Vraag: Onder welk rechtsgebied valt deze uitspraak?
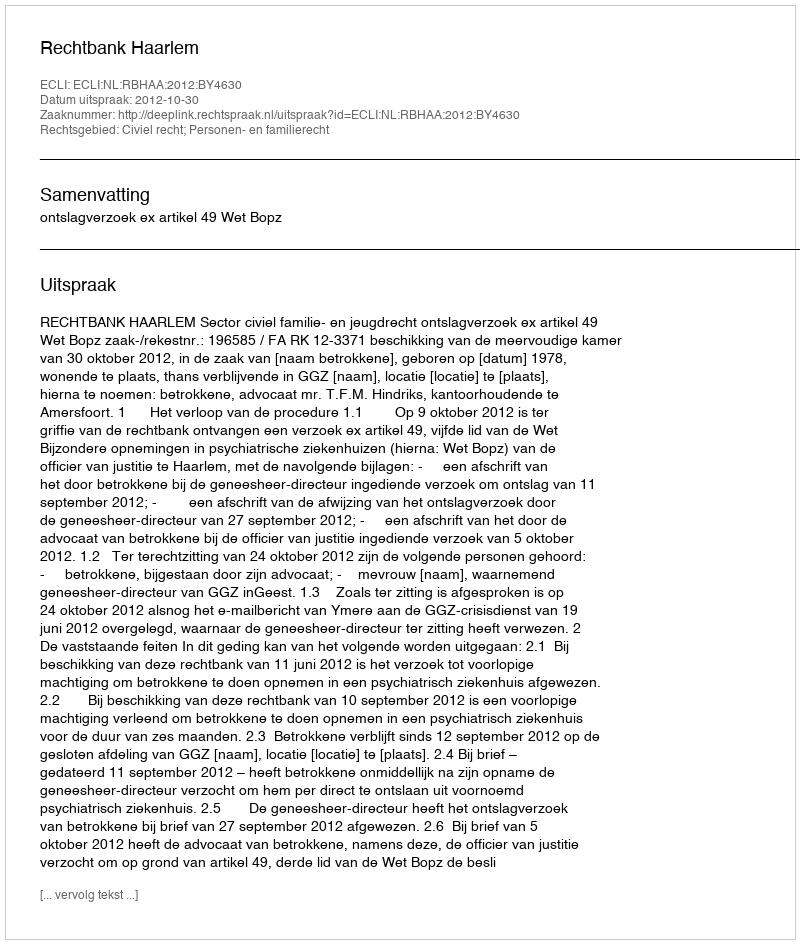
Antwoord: Civiel recht; Personen- en familierecht